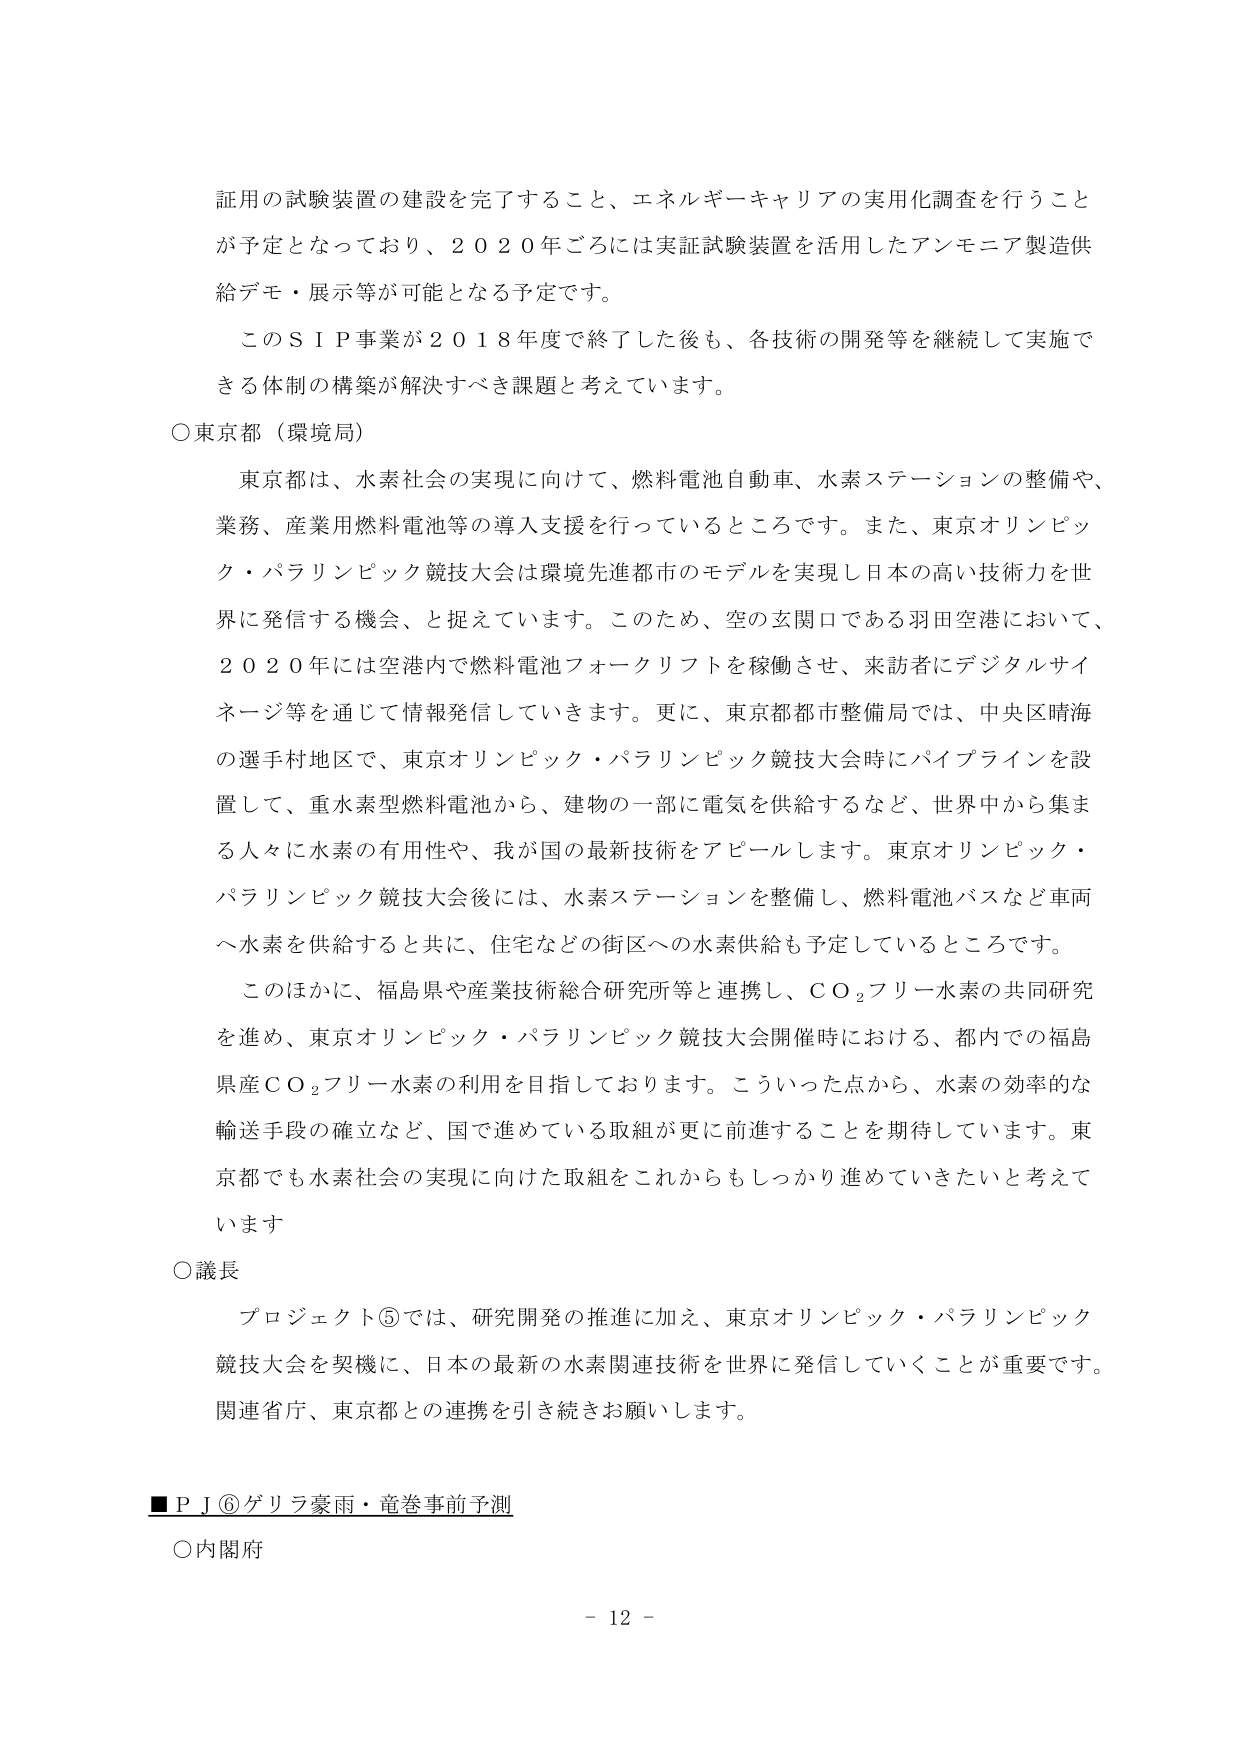
証用の試験装置の建設を完了すること、エネルギーキャリアの実用化調査を行うことが予定となっており、２０２０年ごろには実証試験装置を活用したアンモニア製造供給デモ・展示等が可能となる予定です。

このＳＩＰ事業が２０１８年度で終了した後も、各技術の開発等を継続して実施できる体制の構築が解決すべき課題と考えています。

○東京都（環境局）

東京都は、水素社会の実現に向けて、燃料電池自動車、水素ステーションの整備や、業務、産業用燃料電池等の導入支援を行っているところです。また、東京オリンピック・パラリンピック競技大会は環境先進都市のモデルを実現し日本の高い技術力を世界に発信する機会、と捉えています。このため、空の玄関口である羽田空港において、２０２０年には空港内で燃料電池フォークリフトを稼働させ、来訪者にデジタルサイネージ等を通じて情報発信していきます。更に、東京都都市整備局では、中央区晴海の選手村地区で、東京オリンピック・パラリンピック競技大会時にパイプラインを設置して、重水素型燃料電池から、建物の一部に電気を供給するなど、世界中から集まる人々に水素の有用性や、我が国の最新技術をアピールします。東京オリンピック・パラリンピック競技大会後には、水素ステーションを整備し、燃料電池バスなど車両へ水素を供給すると共に、住宅などの街区への水素供給も予定しているところです。

このほかに、福島県や産業技術総合研究所等と連携し、ＣＯ₂フリー水素の共同研究を進め、東京オリンピック・パラリンピック競技大会開催時における、都内での福島県産ＣＯ₂フリー水素の利用を目指しております。こういった点から、水素の効率的な輸送手段の確立など、国で進めている取組が更に前進することを期待しています。東京都でも水素社会の実現に向けた取組をこれからもしっかり進めていきたいと考えています。

○議長

プロジェクト⑤では、研究開発の推進に加え、東京オリンピック・パラリンピック競技大会を契機に、日本の最新の水素関連技術を世界に発信していくことが重要です。関連省庁、東京都との連携を引き続きお願いします。

■ＰＪ⑥ゲリラ豪雨・竜巻事前予測

○内閣府

－ 12 －